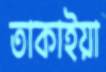
তাকাইয়া